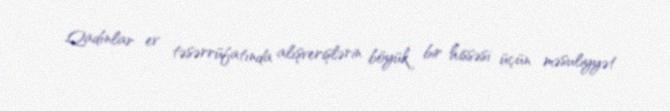
Qadınlar ev təsərrüfatında alışverişlərin böyük bir hissəsi üçün məsuliyyət